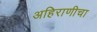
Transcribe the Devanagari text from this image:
अहिराणीचा